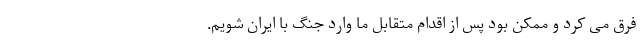
فرق می کرد و ممکن بود پس از اقدام متقابل ما وارد جنگ با ایران شویم.